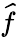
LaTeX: \widehat{f}